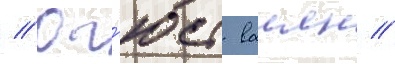
// Ог'юст ваиян //